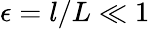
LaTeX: \epsilon=l/L\ll 1